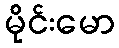
မိုင်းမော